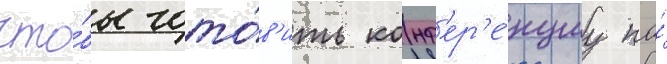
что́бы гото́в'ить конф'ер'е́нциу по́